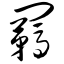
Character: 羁